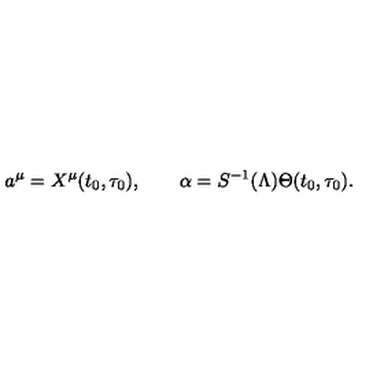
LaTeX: a ^ { \mu } = X ^ { \mu } ( t _ { 0 } , \tau _ { 0 } ) , \quad \quad \alpha = S ^ { - 1 } ( \Lambda ) \Theta ( t _ { 0 } , \tau _ { 0 } ) .